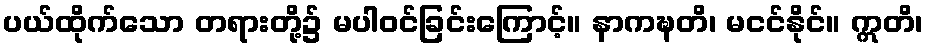
ပယ်ထိုက်သော တရားတို့၌ မပါဝင်ခြင်းကြောင့်။ နာကဍ္ဎတိ၊ မငင်နိုင်။ ဣတိ၊